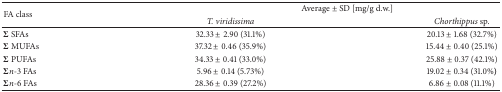
<table><thead><tr><td rowspan="2"><b>FA class</b></td><td colspan="2"><b>Average ± SD [mg/g d.w.]</b></td></tr><tr><td><b><i>T. viridissima</i></b></td><td><b><i>Chorthippus </i>sp.</b></td></tr></thead><tbody><tr><td>Σ SFAs</td><td>32.33 ± 2.90 (31.1%)</td><td>20.13 ± 1.68 (32.7%)</td></tr><tr><td>Σ MUFAs</td><td>37.32 ± 0.46 (35.9%)</td><td>15.44 ± 0.40 (25.1%)</td></tr><tr><td>Σ PUFAs</td><td>34.33 ± 0.41 (33.0%)</td><td>25.88 ± 0.37 (42.1%)</td></tr><tr><td>Σ<i>n</i>-3 FAs</td><td>5.96 ± 0.14 (5.73%)</td><td>19.02 ± 0.34 (31.0%<b>)</b></td></tr><tr><td>Σ<i>n</i>-6 FAs</td><td>28.36 ± 0.39 (27.2%)</td><td>6.86 ± 0.08 (11.1%)</td></tr></tbody></table>